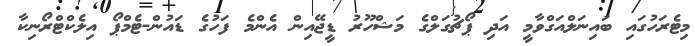
މިޓެރަހުގައި ބައިނަލްއަގްވާމީ އަދި ޕޯޗުގަލްގެ މަޝްހޫރު ޑީޖޭއިން އެންމެ ފަހުގެ ޑައުން-ޓެމްޕޯ އިލެކްޓްރޯނިކާ